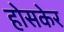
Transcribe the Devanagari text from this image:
होसकेर